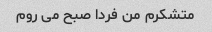
متشکرم من فردا صبح می روم